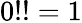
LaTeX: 0!!=1